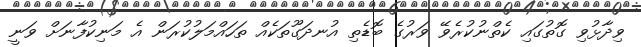
ވިދާޅުވި ގޮތުގައި ކެތްނުކުރެވޭ ވަރުގެ ބޮޑެތި އުނދަގޫތަކެއް ތަހައްމަލުކުރަން އެ މަނިކުފާނަށް ވަނީ